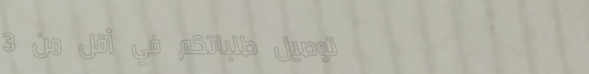
توصيل طلباتكم في أقل من 3